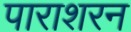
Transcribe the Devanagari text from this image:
पाराशरन